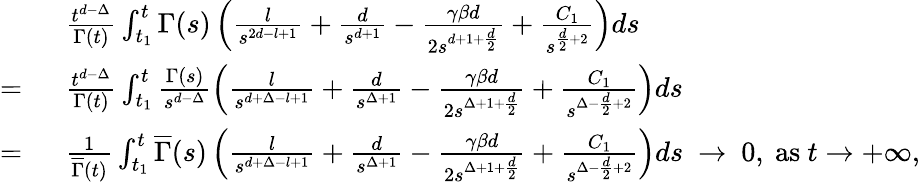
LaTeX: \begin{array}{rl}&{\frac{t^{d-\Delta}}{\Gamma(t)}\int_{t_{1}}^{t}\Gamma(s)\left(\frac{l}{s^{2d-l+1}}+\frac{d}{s^{d+1}}-\frac{\gamma\beta d}{2s^{d+1+\frac{d}{2}}}+\frac{C_{1}}{s^{\frac{d}{2}+2}}\right)ds}\\ {=\ }&{\frac{t^{d-\Delta}}{\Gamma(t)}\int_{t_{1}}^{t}\frac{\Gamma(s)}{s^{d-\Delta}}\left(\frac{l}{s^{d+\Delta-l+1}}+\frac{d}{s^{\Delta+1}}-\frac{\gamma\beta d}{2s^{\Delta+1+\frac{d}{2}}}+\frac{C_{1}}{s^{\Delta-\frac{d}{2}+2}}\right)ds}\\ {=\ }&{\frac{1}{\overline{\Gamma}(t)}\int_{t_{1}}^{t}\overline{\Gamma}(s)\left(\frac{l}{s^{d+\Delta-l+1}}+\frac{d}{s^{\Delta+1}}-\frac{\gamma\beta d}{2s^{\Delta+1+\frac{d}{2}}}+\frac{C_{1}}{s^{\Delta-\frac{d}{2}+2}}\right)ds\ \to\ 0,\mathrm{~as~}t\to+\infty,}\end{array}